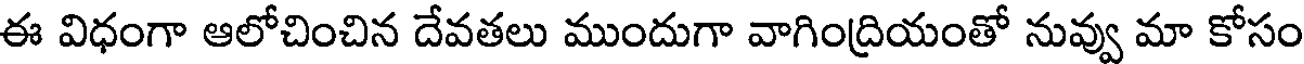
ఈ విధంగా ఆలోచించిన దేవతలు ముందుగా వాగింద్రియంతో నువ్వు మా కోసం